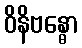
ဝိနိဗန္ဓော